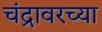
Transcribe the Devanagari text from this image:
चंद्रावरच्या